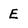
Character: E